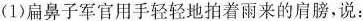
(1)扁鼻子军官用手轻轻地拍着雨来的肩膀，说：